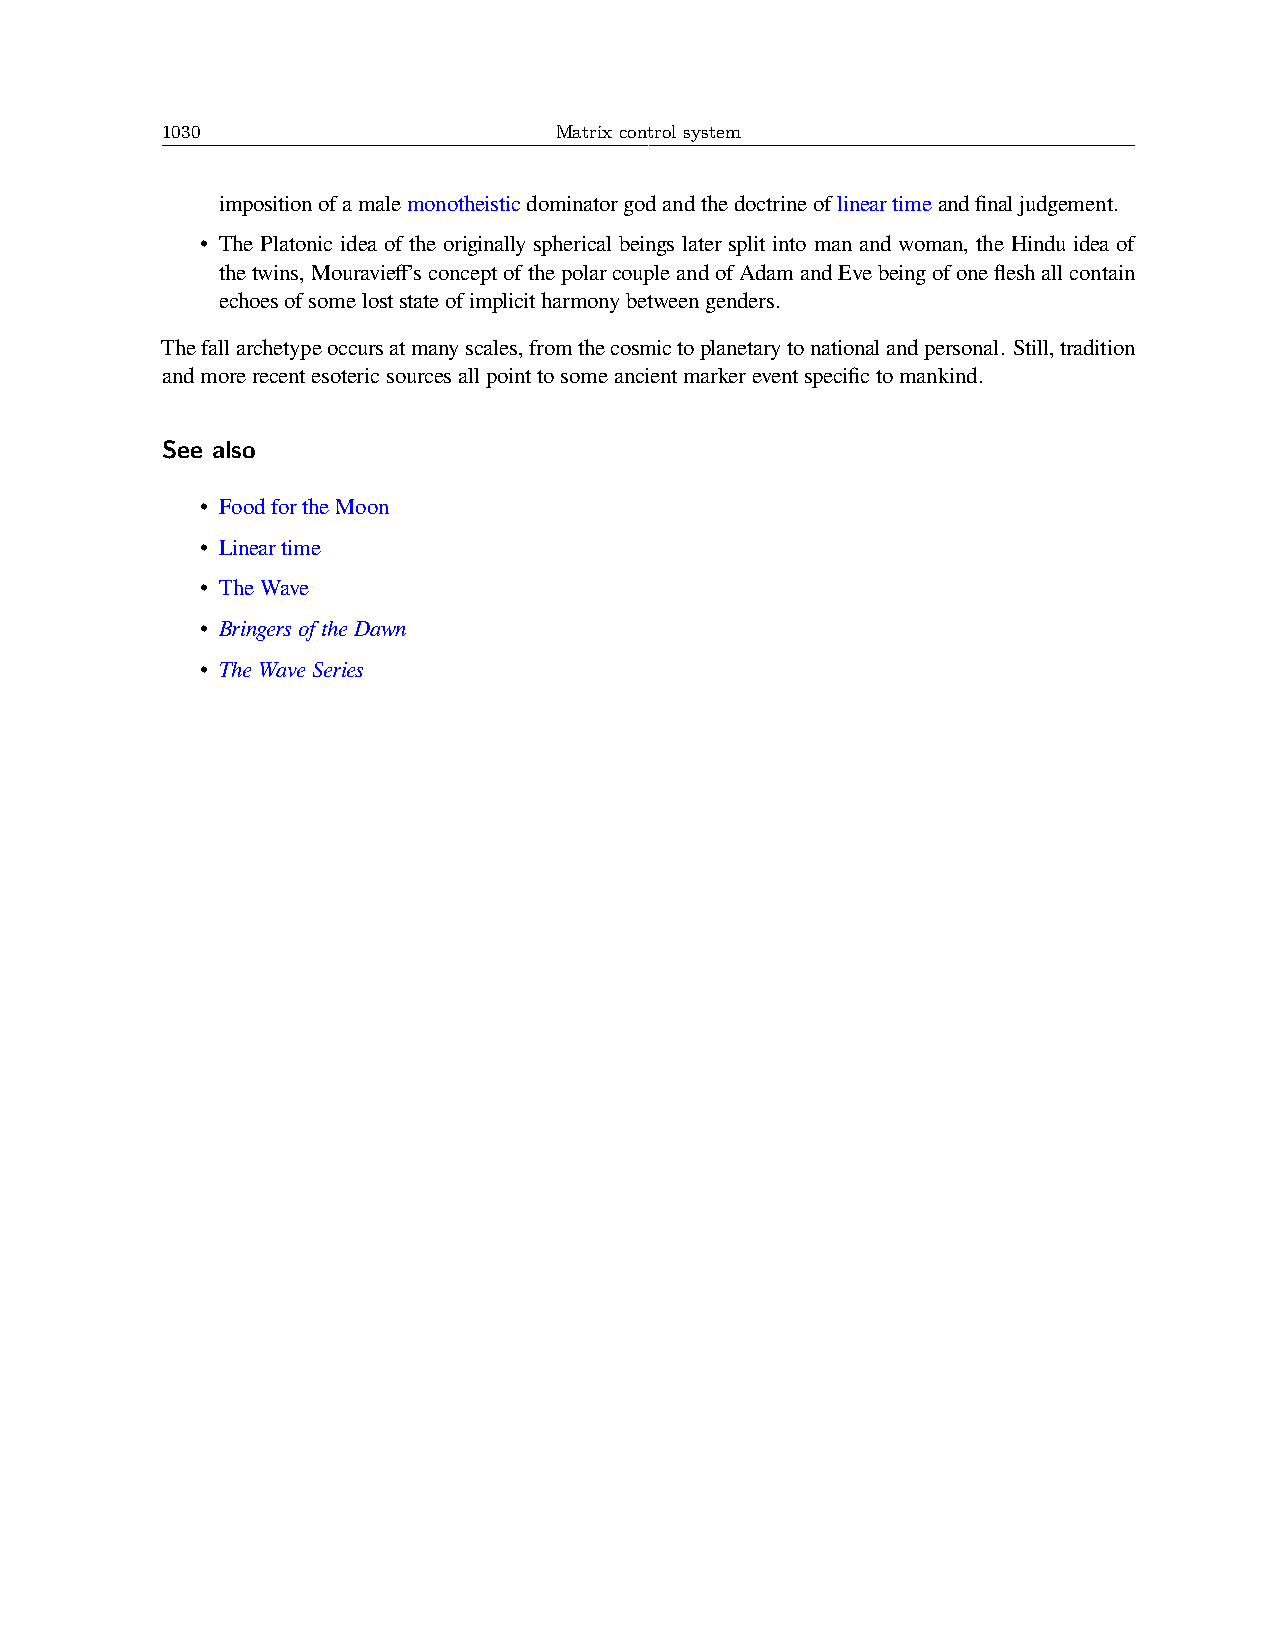
1030                      Matrix control system
 impositionofamalemonotheisticdominatorgodandthedoctrineoflineartimeandfinaljudgement.
 • The Platonic idea of the originally spherical beings later split into man and woman, the Hindu idea of
 thetwins,Mouravieff’sconceptofthepolarcoupleandofAdamandEvebeingofonefleshallcontain
 echoesofsomeloststateofimplicitharmonybetweengenders.
 Thefallarchetypeoccursatmanyscales,fromthecosmictoplanetarytonationalandpersonal. Still,tradition
 andmorerecentesotericsourcesallpointtosomeancientmarkereventspecifictomankind.
 See also
 • FoodfortheMoon
 • Lineartime
 • TheWave
 • BringersoftheDawn
 • TheWaveSeries